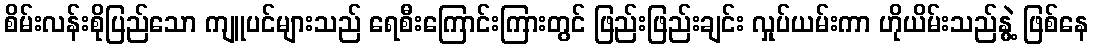
စိမ်းလန်းစိုပြည်သော ကျူပင်များသည် ရေစီးကြောင်းကြားတွင် ဖြည်းဖြည်းချင်း လှုပ်ယမ်းကာ ဟိုယိမ်းသည်နွဲ့ ဖြစ်နေ